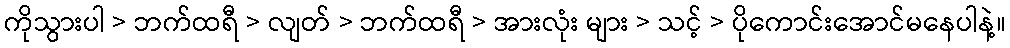
ကိုသွားပါ > ဘက်ထရီ > လျတ် > ဘက်ထရီ > အားလုံး များ > သင့် > ပိုကောင်းအောင်မနေပါနဲ့။